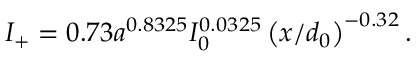
\begin{array} { r } { I _ { + } = 0 . 7 3 a ^ { 0 . 8 3 2 5 } I _ { 0 } ^ { 0 . 0 3 2 5 } \left( { x } / d _ { 0 } \right) ^ { - 0 . 3 2 } . } \end{array}